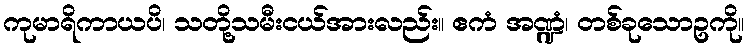
ကုမာရိကာယပိ၊ သတို့သမီးငယ်အားလည်း။ ဧကံ အဏ္ဍံ၊ တစ်ခုသောဥကို။